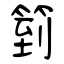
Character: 箌